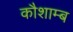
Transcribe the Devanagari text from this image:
कौशाम्ब